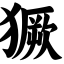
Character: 獗